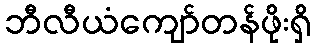
ဘီလီယံကျော်တန်ဖိုးရှိ